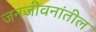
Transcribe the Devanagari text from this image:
जनजीवनांतील